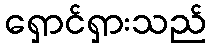
ရှောင်ရှားသည်